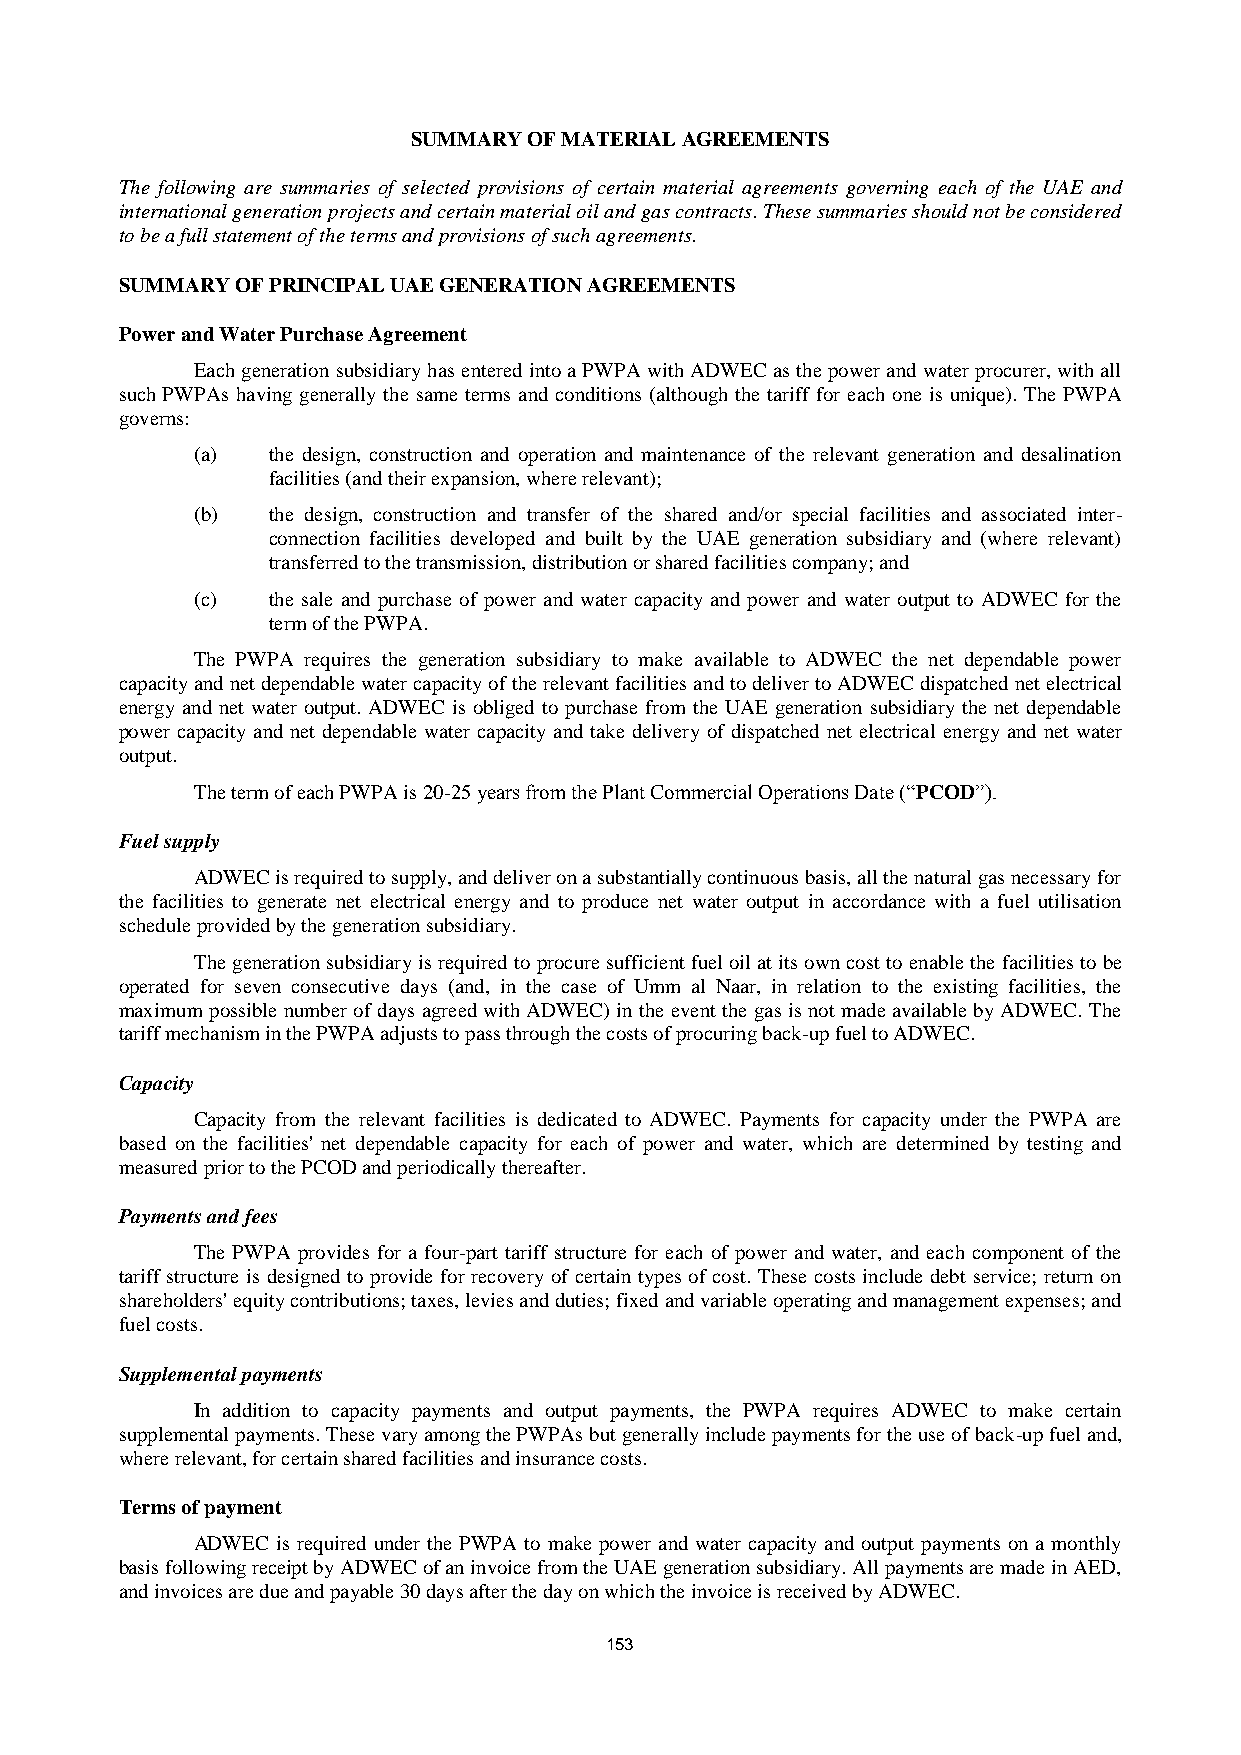
SUMMARY OF MATERIAL AGREEMENTS
 The following are summaries of selected provisions of certain material agreements governing each of the UAE and
 international generation projects and certain material oil and gas contracts. These summaries should not be considered
 to be a full statement of the terms and provisions of such agreements.
 SUMMARY OF PRINCIPAL UAE GENERATION AGREEMENTS
 Power and Water Purchase Agreement
 Each generation subsidiary has entered into a PWPA with ADWEC as the power and water procurer, with all
 such PWPAs having generally the same terms and conditions (although the tariff for each one is unique). The PWPA
 governs:
 (a)  the design, construction and operation and maintenance of the relevant generation and desalination
 facilities (and their expansion, where relevant);
 (b)  the design, construction and transfer of the shared and/or special facilities and associated inter-
 connection facilities developed and built by the UAE generation subsidiary and (where relevant)
 transferred to the transmission, distribution or shared facilities company; and
 (c)  the sale and purchase of power and water capacity and power and water output to ADWEC for the
 term of the PWPA.
 The PWPA requires the generation subsidiary to make available to ADWEC the net dependable power
 capacity and net dependable water capacity of the relevant facilities and to deliver to ADWEC dispatched net electrical
 energy and net water output. ADWEC is obliged to purchase from the UAE generation subsidiary the net dependable
 power capacity and net dependable water capacity and take delivery of dispatched net electrical energy and net water
 output.
 The term of each PWPA is 20-25 years from the Plant Commercial Operations Date (“PCOD”).
 Fuel supply
 ADWEC is required to supply, and deliver on a substantially continuous basis, all the natural gas necessary for
 the facilities to generate net electrical energy and to produce net water output in accordance with a fuel utilisation
 schedule provided by the generation subsidiary.
 The generation subsidiary is required to procure sufficient fuel oil at its own cost to enable the facilities to be
 operated for seven consecutive days (and, in the case of Umm al Naar, in relation to the existing facilities, the
 maximum possible number of days agreed with ADWEC) in the event the gas is not made available by ADWEC. The
 tariff mechanism in the PWPA adjusts to pass through the costs of procuring back-up fuel to ADWEC.
 Capacity
 Capacity from the relevant facilities is dedicated to ADWEC. Payments for capacity under the PWPA are
 based on the facilities' net dependable capacity for each of power and water, which are determined by testing and
 measured prior to the PCOD and periodically thereafter.
 Payments and fees
 The PWPA provides for a four-part tariff structure for each of power and water, and each component of the
 tariff structure is designed to provide for recovery of certain types of cost. These costs include debt service; return on
 shareholders' equity contributions; taxes, levies and duties; fixed and variable operating and management expenses; and
 fuel costs.
 Supplemental payments
 In addition to capacity payments and output payments, the PWPA requires ADWEC to make certain
 supplemental payments. These vary among the PWPAs but generally include payments for the use of back-up fuel and,
 where relevant, for certain shared facilities and insurance costs.
 Terms of payment
 ADWEC is required under the PWPA to make power and water capacity and output payments on a monthly
 basis following receipt by ADWEC of an invoice from the UAE generation subsidiary. All payments are made in AED,
 and invoices are due and payable 30 days after the day on which the invoice is received by ADWEC.
 153